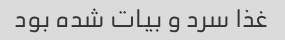
غذا سرد و بیات شده بود